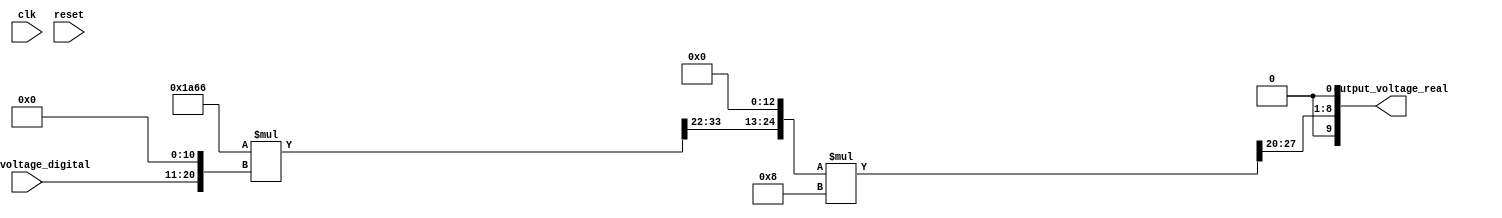


module digital_to_analog_converter
(
  input clk,
  input reset,
  input [10-1:0] input_voltage_digital,
  output [10-1:0] output_voltage_real
);

  wire [10-1:0] padr_0;
  wire [1-1:0] padr_bits_1;
  assign padr_bits_1 = 0;
  wire [9-1:0] padl_2;
  wire [8-1:0] padl_bits_3;
  wire [28-1:0] truncR_4;
  wire [52-1:0] truncval_5;
  wire [52-1:0] padl_6;
  wire [26-1:0] padl_bits_7;
  wire [26-1:0] padr_8;
  wire [13-1:0] padr_bits_9;
  assign padr_bits_9 = 0;
  wire [1-1:0] toSInt_10;
  assign toSInt_10 = 0;
  wire [13-1:0] toSInt_imm_11;
  wire [34-1:0] truncR_12;
  wire [42-1:0] truncval_13;
  wire [42-1:0] padl_14;
  wire [21-1:0] padl_bits_15;
  wire [21-1:0] padl_16;
  wire [13-1:0] padl_bits_17;
  wire [13-1:0] const_18;
  assign const_18 = 13'd6758;
  assign padl_bits_17 = const_18;
  wire [8-1:0] padl_bits_zero_19;
  assign padl_bits_zero_19 = 0;
  assign padl_16 = { padl_bits_zero_19, padl_bits_17 };
  assign padl_bits_15 = padl_16;
  wire [21-1:0] padl_bits_zero_20;
  assign padl_bits_zero_20 = 0;
  assign padl_14 = { padl_bits_zero_20, padl_bits_15 };
  wire [42-1:0] padl_21;
  wire [21-1:0] padl_bits_22;
  wire [21-1:0] padr_23;
  wire [11-1:0] padr_bits_24;
  assign padr_bits_24 = 0;
  assign padr_23 = { input_voltage_digital, padr_bits_24 };
  assign padl_bits_22 = padr_23;
  wire [21-1:0] padl_bits_zero_25;
  assign padl_bits_zero_25 = 0;
  assign padl_21 = { padl_bits_zero_25, padl_bits_22 };
  assign truncval_13 = padl_14 * padl_21;
  assign truncR_12 = truncval_13[33:0];
  assign toSInt_imm_11 = { toSInt_10, truncR_12[33:22] };
  assign padr_8 = { toSInt_imm_11, padr_bits_9 };
  assign padl_bits_7 = padr_8;
  assign padl_6 = { { 26{ padl_bits_7[25] } }, padl_bits_7 };
  wire [52-1:0] padl_26;
  wire [26-1:0] padl_bits_27;
  wire [26-1:0] padl_28;
  wire [15-1:0] padl_bits_29;
  wire [15-1:0] const_30;
  assign const_30 = 15'd8;
  assign padl_bits_29 = const_30;
  assign padl_28 = { { 11{ padl_bits_29[14] } }, padl_bits_29 };
  assign padl_bits_27 = padl_28;
  assign padl_26 = { { 26{ padl_bits_27[25] } }, padl_bits_27 };
  assign truncval_5 = padl_6 * padl_26;
  assign truncR_4 = truncval_5[27:0];
  assign padl_bits_3 = truncR_4[27:20];
  wire [1-1:0] padl_bits_zero_31;
  assign padl_bits_zero_31 = 0;
  assign padl_2 = { padl_bits_zero_31, padl_bits_3 };
  assign padr_0 = { padl_2, padr_bits_1 };
  assign output_voltage_real = padr_0;

endmodule